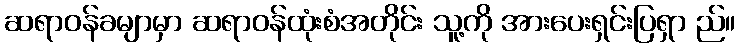
ဆရာဝန်ခမျာမှာ ဆရာဝန်ထုံးစံအတိုင်း သူ့ကို အားပေးရှင်းပြရှာ ည်။